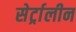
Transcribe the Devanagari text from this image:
सेर्ट्रालीन